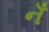
નઁ